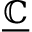
\underline { { \mathbb { C } } }